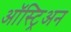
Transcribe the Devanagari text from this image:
ऑस्ट्रिअन